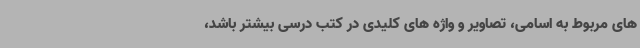
های مربوط به اسامی، تصاویر و واژه های کلیدی در کتب درسی بیشتر باشد،